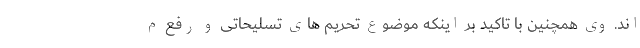
اند. وی همچنین با تاکید بر اینکه موضوع تحریم های تسلیحاتی و رفع م